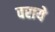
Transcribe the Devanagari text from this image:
वराये